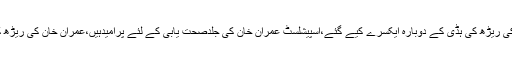
2013ء)عمران خان کے ترجمان عمران اسماعیل نے کہاہے کہ عمران خان کی ریڑھ کی ہڈی کے دوبارہ ایکسرے کیے گئے،اسپیشلسٹ عمران خان کی جلدصحت یابی کے لئے پْرامیدہیں،عمران خان کی ریڑھ کی ہڈی ٹھیک ہے،عمران خان آئندہ چندہفتوں میں مکمل صحتیاب ہوجائیں گے۔